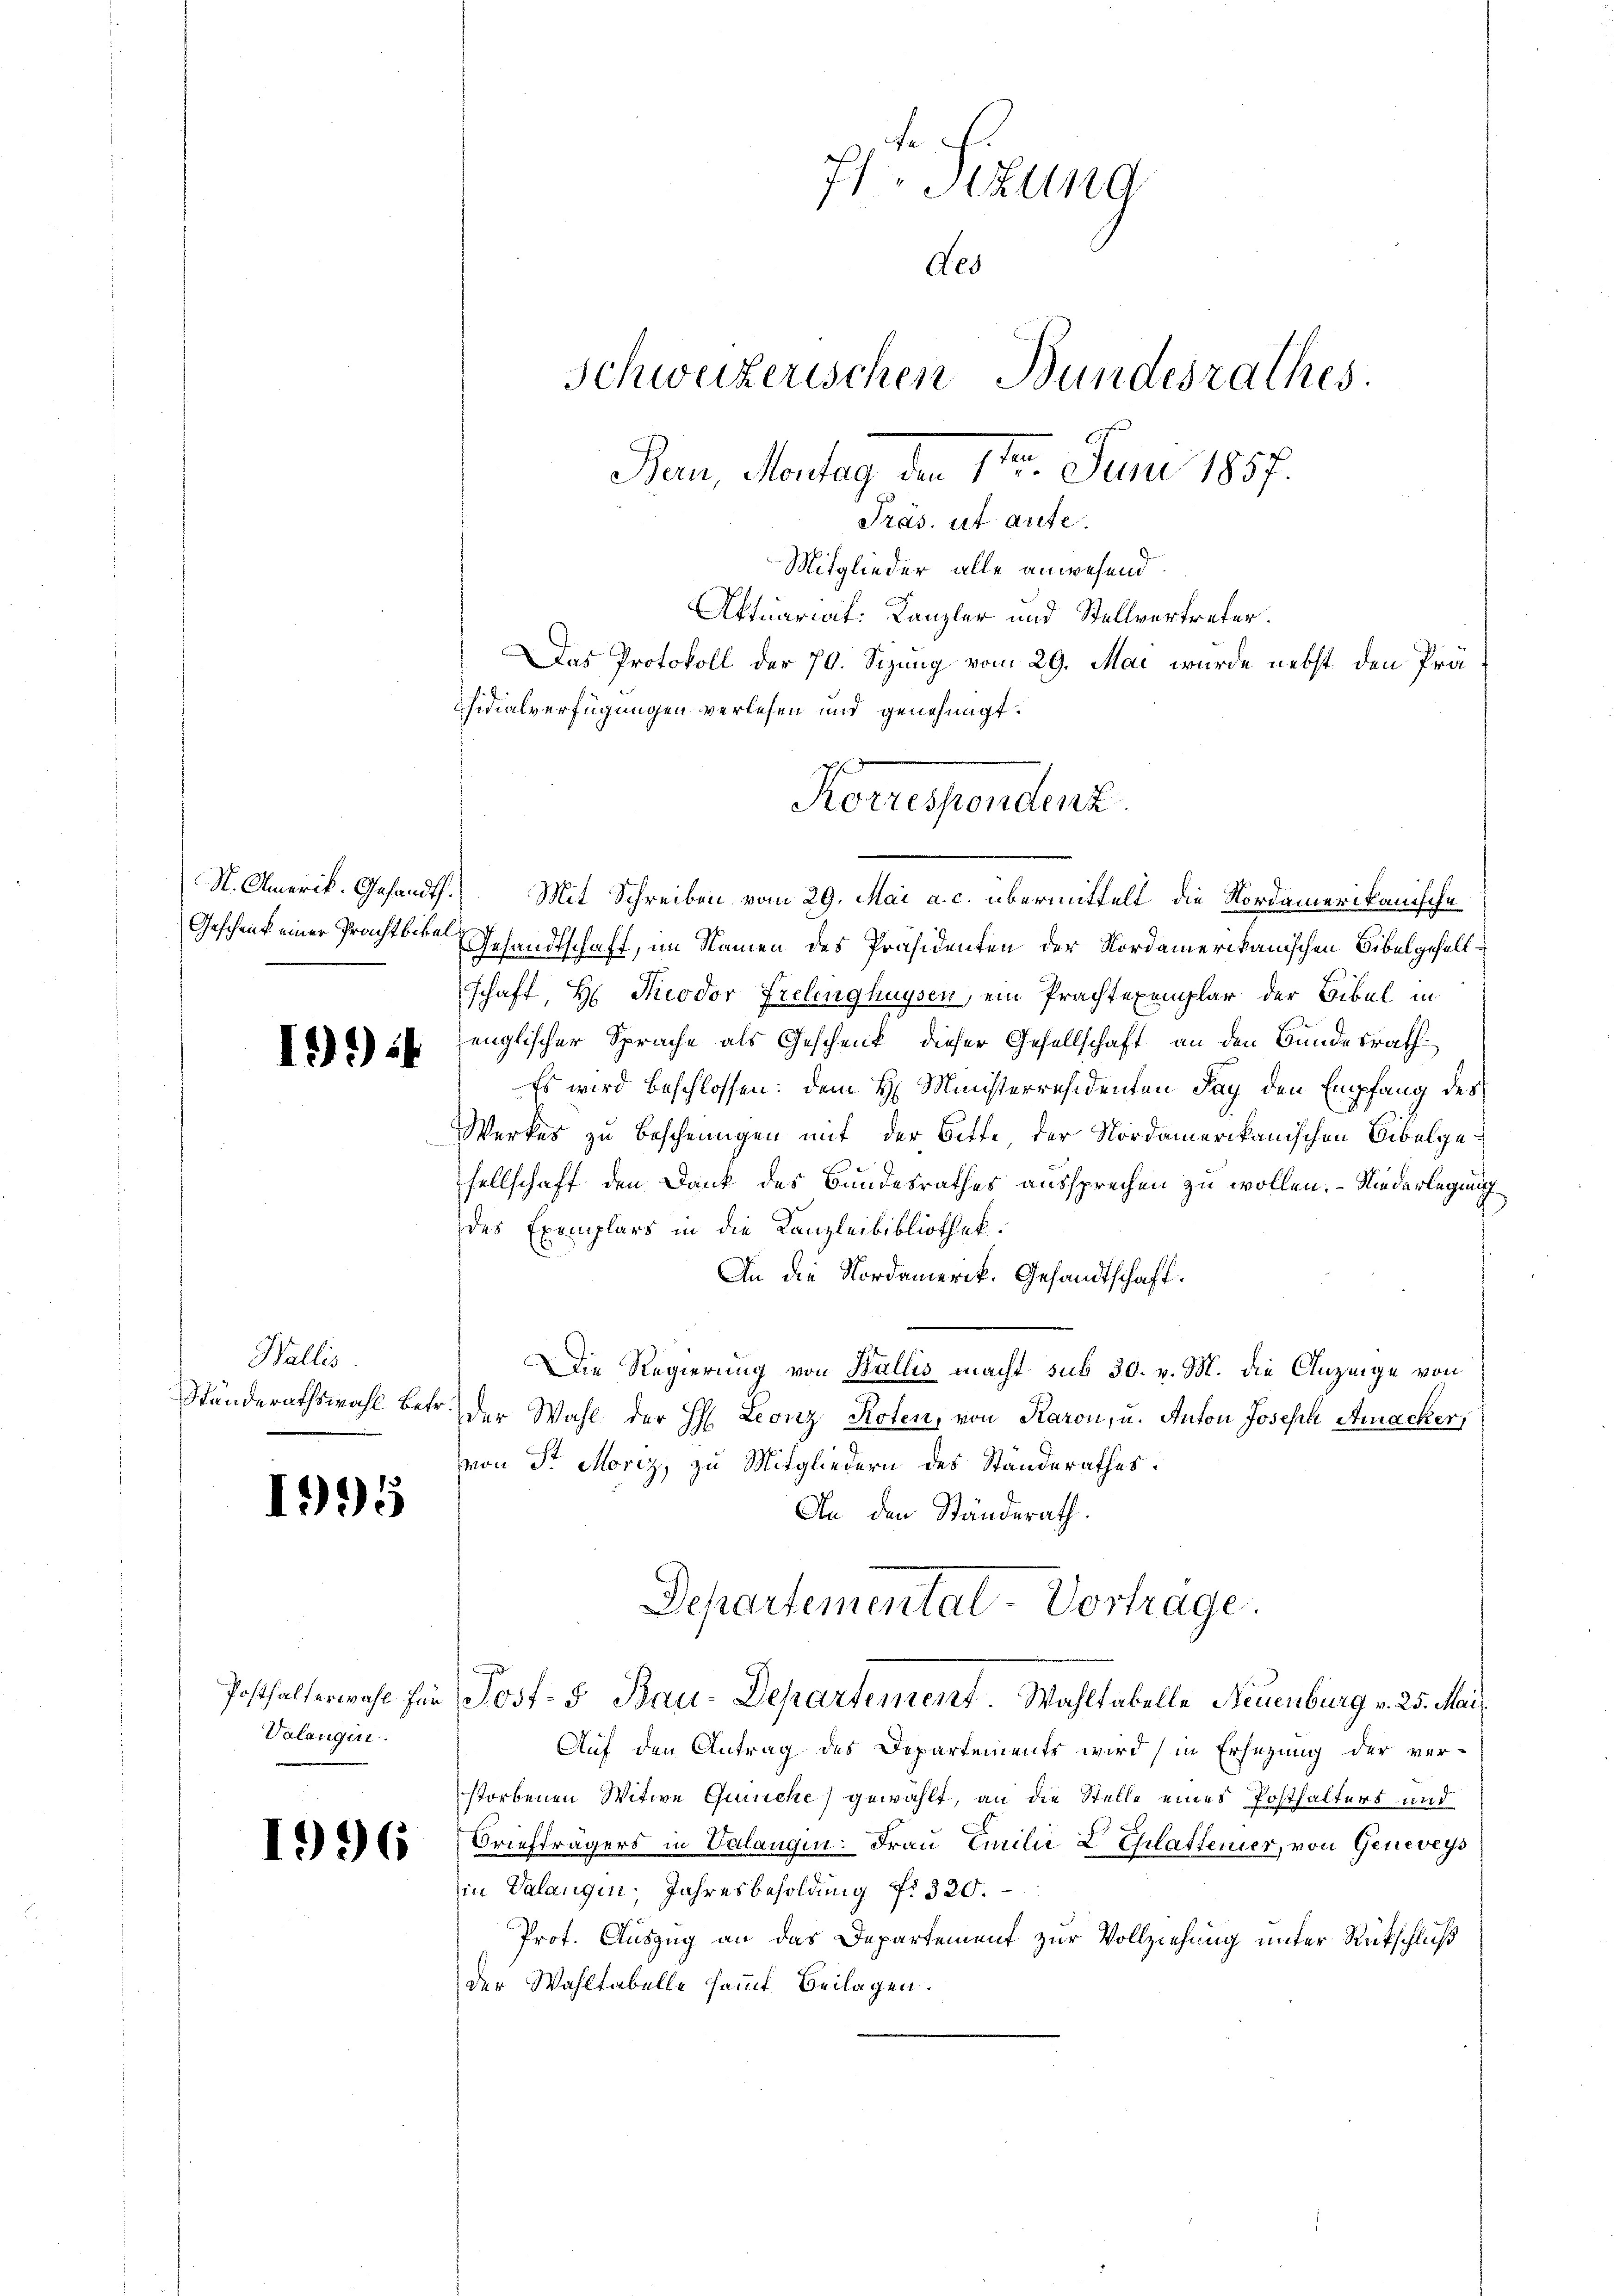
Geschenk einer Pracht bibel

1924.

Wallis

1995

Valangin.

71. Sizung
des
Schweizerischen Bundesrathes.
Bau, Montag den 1ten Juni 1857.
Präs. ut aute.
Mitglieder alle anwesend
Aktuariat: Kanzler und Stellvertreter.
Das Protokoll der 70. Sizung vom 29. Mai wurde nebst den Präsidialverfügungen verlesen und genehmigt.

S. Amerik. Gesandt. Mit Schreiben vom 29. Mai a. c. übermittelt die Nordamerikanische
Gesandtschaft, im Namen des Präsidenten der Nordamerikanischen Bibelgesell¬
5
schaft, H. Theodor Frelinghaysen, ein Prachtexemplar der Bibel in
englischer Sprache als Geschenk, dieser Gesellschaft an den Bundesrath
Es wird beschlossen: dem H. Ministerresidenten Tag den Empfang des
Werkes zu Bescheungen mit der Bitte, der Nordamerikanischen Bibelgesellschaft den Dank des Bundesrathes aussprechen zu wollen. – Niederlegung
des Exemplars in die Kanzleibibliothek.
An die Nordamerik. Gesandtschaft.
Die Regierung von Wallis macht sub 30. v. M. die Anzeige von
Ständerathswahl betr. der Wahl der H: Leonz Roten, von Karon, u. Anton Joseph Amacker,
von Sr. Moriz zu Mitgliedern des Standerathes:
An den Ständerath.
Departementat-Vortrage
Posthalterwahl für Post- u Bau-Departement. Wahltabelle Neuenburg v. 25. Mai
Auf den Antrag des Departements wird in Ersezung der ver-
storbenen Witwe Guriche) gewählt, an die Stelle eines Posthalters und
) 2) (3 Briefträgers in Valangen: Frau Emilie L. Glattener, von Geneveys
in Valangen, Jahresbesoldung f. 320.
Prot. Auszug an das Departement zur Vollziehung unter Rückschluß
der Wahltabelle sammt Beilagen.

Korresponden